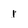
Character: 1